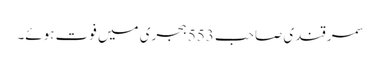
سمرقندی صاحب 553 ہجری میں فوت ہوئے۔